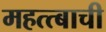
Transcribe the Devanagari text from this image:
महत्त्बाची